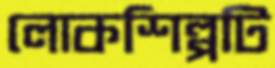
লোকশিল্পটি